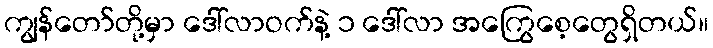
ကျွန်တော်တို့မှာ ဒေါ်လာဝက်နဲ့ ၁ ဒေါ်လာ အကြွေစေ့တွေရှိတယ်။